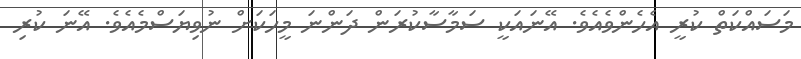
މަސައްކަތް ކުރީ އެހެންވެއެވެ. އޭނައަކީ ސަމާސާކުރަން ދަންނަ މީހަކަށް ނުވިޔަސްމެއެވެ. އޭނަ ކުރި